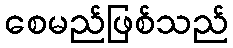
စေမည်ဖြစ်သည်